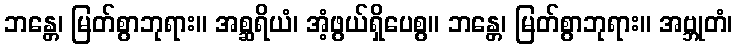
ဘန္တေ၊ မြတ်စွာဘုရား။ အစ္ဆရိယံ၊ အံ့ဖွယ်ရှိပေစွ။ ဘန္တေ၊ မြတ်စွာဘုရား။ အဗ္ဘုတံ၊